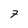
Character: 7